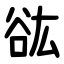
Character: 谹